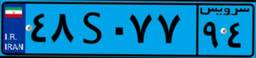
۴۴S۶۵۵۲۷